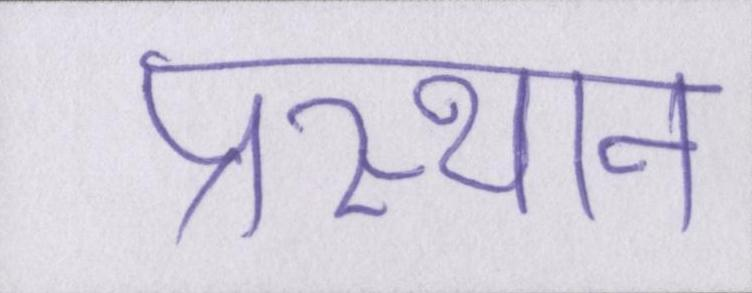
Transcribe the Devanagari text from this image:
प्रस्थान